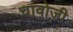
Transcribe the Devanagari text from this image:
चावोजी